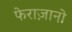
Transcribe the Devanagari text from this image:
फेराज़ानो